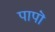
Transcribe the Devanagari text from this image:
पापॊं